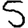
Digit: 5